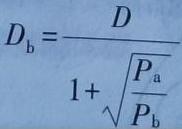
$D_{\mathrm{b}}=\frac{D}{1+\sqrt{\frac{P_{\mathrm{a}}}{P_{\mathrm{b}}}}}$